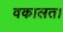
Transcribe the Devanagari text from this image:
वकालत।